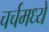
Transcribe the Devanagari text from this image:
चर्चमध्‍ये